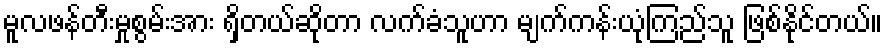
မူလဖန်တီးမှုစွမ်းအား ရှိတယ်ဆိုတာ လက်ခံသူဟာ မျက်ကန်းယုံကြည်သူ ဖြစ်နိုင်တယ်။